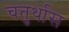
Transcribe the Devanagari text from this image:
चतुर्थांस